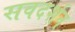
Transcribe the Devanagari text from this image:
सवदर्शन